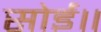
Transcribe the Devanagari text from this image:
सोई॥